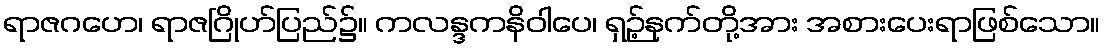
ရာဇဂဟေ၊ ရာဇဂြိုဟ်ပြည်၌။ ကလန္ဒကနိဝါပေ၊ ရှဉ့်နက်တို့အား အစားပေးရာဖြစ်သော။